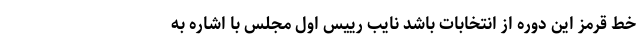
خط قرمز این دوره از انتخابات باشد نایب رییس اول مجلس با اشاره به